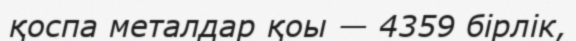
қоспа металдар қоы — 4359 бірлік,